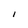
Character: l